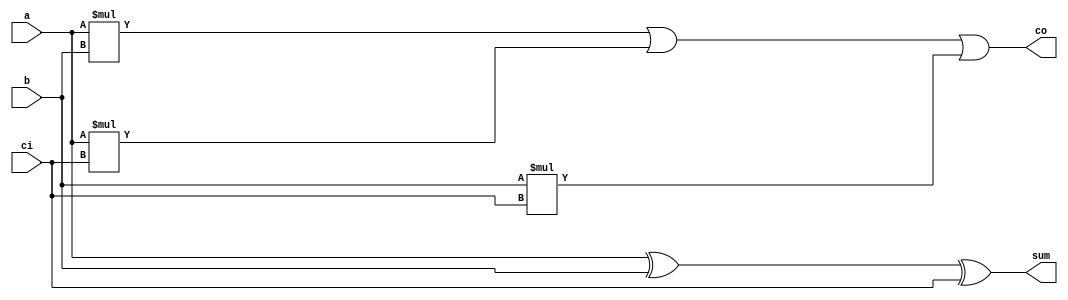
/*
 * Notice how the port direction and type are declared
 * together in each statement.
 */
module one_a(sum,co,a,b,ci);
  output reg sum;
  output reg co;
  input wire a;
  input wire b;
  input wire ci;

always@(a or b or ci)
  begin
    sum = a ^ b ^ ci;
    co  = a*b || a*ci || b*ci;
  end
endmodule


module main;

   wire sum, co;
   reg [3:0] in;

   one_a dut (sum, co, in[0], in[1], in[2]);

   initial begin
      in = 0;
      #1 for (in = 0 ;  in[3] == 0 ;  in = in + 1) begin
	 #1 $display("in=%b; co/sum = %b/%b", in, co, sum);
      end
   end

endmodule // main